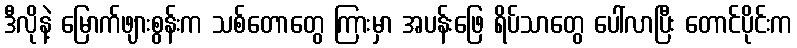
ဒီလိုနဲ့ မြောက်ဖျားစွန်းက သစ်တောတွေ ကြားမှာ အပန်းဖြေ ရိပ်သာတွေ ပေါ်လာပြီး တောင်ပိုင်းက